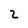
Character: 2